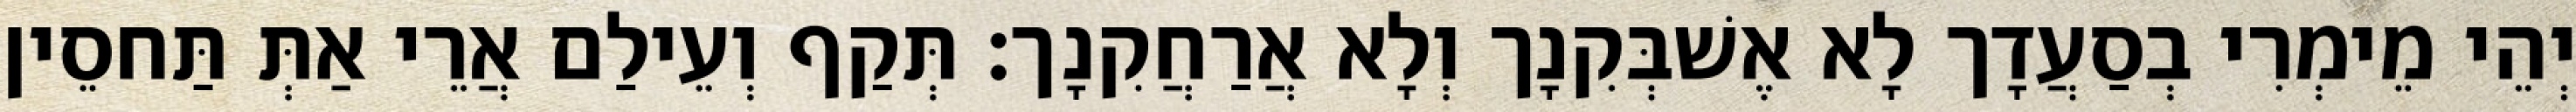
יְהֵי מֵימְרִי בְסַעֲדָך לָא אֶשׁבְּקִנָך וְלָא אֲרַחֲקִנָך׃ תְּקַף וְעֵילַם אֲרֵי אַתְּ תַּחסֵין